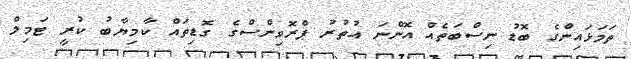
ތަމަޅައިންގެ ބޮޑު ނިސްބަތެއް އޮންނަ އުތުރު ޕްރޮވިންސްގެ ގޮޑިތައް ކާމިޔާބު ކުރީ ޓަމިލް